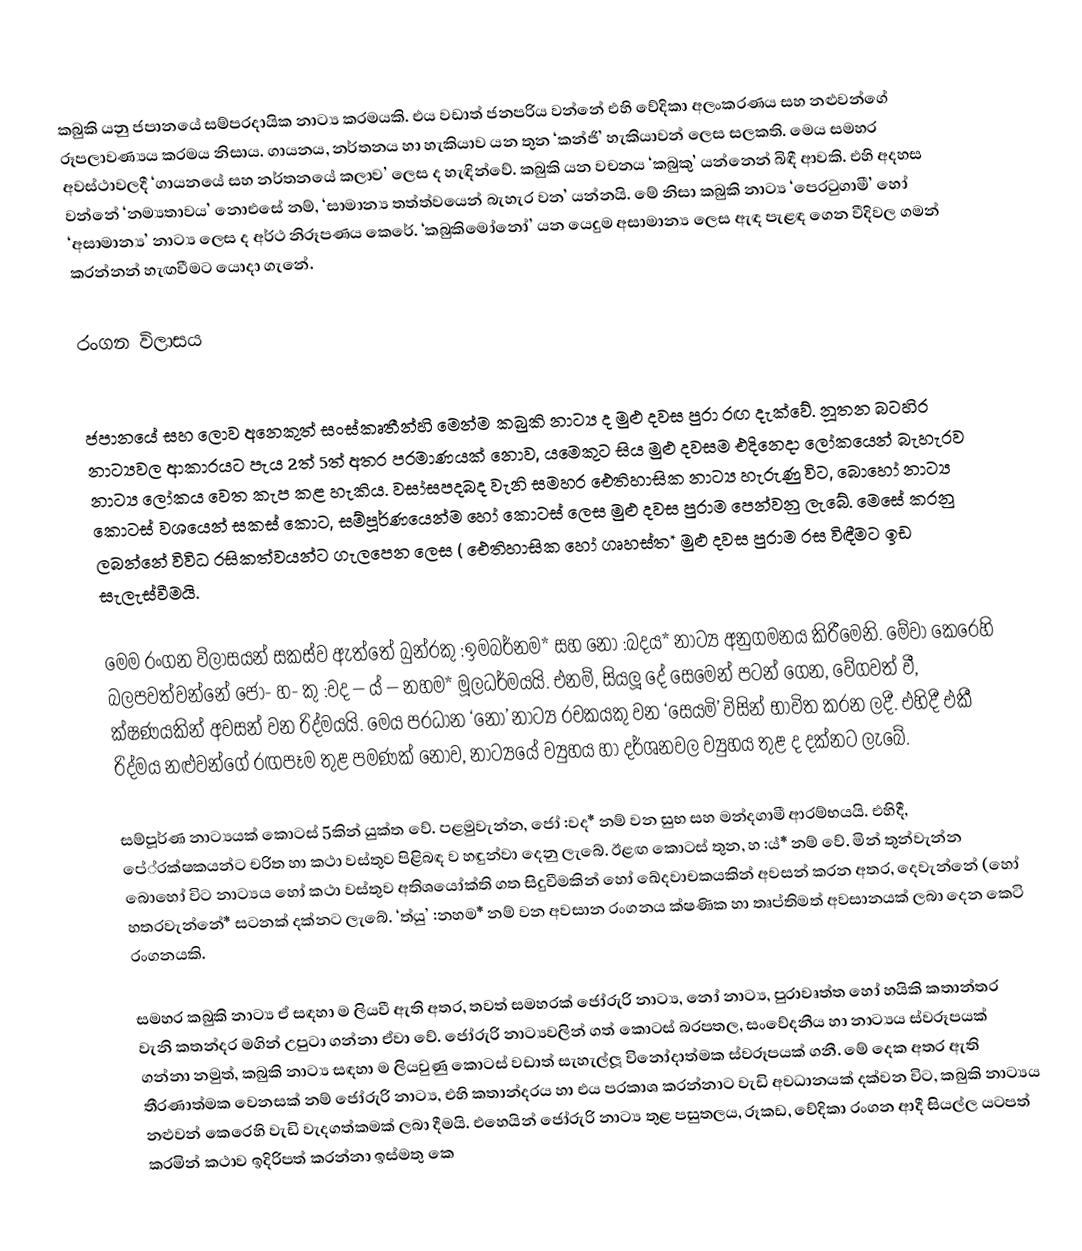
කබුකි යනු ජපානයේ සම්ප‍්‍රදායික නාට්‍ය ක‍්‍රමයකි. එය වඩාත් ජනප‍්‍රිය වන්නේ එහි වේදිකා අලංකරණය සහ නළුවන්ගේ රූපලාවණ්‍යය ක‍්‍රමය නිසාය. ගායනය, නර්තනය හා හැකියාව යන තුන ‘කන්ජි’ හැකියාවන් ලෙස සලකති. මෙය සමහර අවස්ථාවලදී ‘ගායනයේ සහ නර්තනයේ කලාව’ ලෙස ද  හැඳින්වේ. කබුකි යන වචනය ‘කබුකු’ යන්නෙන් බිඳී ආවකි. එහි අදහස වන්නේ ‘නම්‍යතාවය’ නොඑසේ නම්, ‘සාමාන්‍ය තත්ත්වයෙන් බැහැර වන’ යන්නයි. මේ නිසා කබුකි නාට්‍ය ‘පෙරටුගාමී’ හෝ ‘අසාමාන්‍ය’ නාට්‍ය ලෙස ද අර්ථ නිරූපණය කෙරේ. ‘කබුකිමෝනෝ’ යන යෙදුම අසාමාන්‍ය ලෙස ඇඳ පැළඳ ගෙන වීදිවල ගමන් කරන්නන් හැඟවීමට යොදා ගැනේ.

රංගන විලාසය

ජපානයේ සහ ලොව අනෙකුත් සංස්කෘතීන්හි මෙන්ම කබුකි නාට්‍ය ද මුළු දවස පුරා රඟ දැක්වේ. නූතන බටහිර නාට්‍යවල ආකාරයට පැය 2ත් 5ත් අතර ප‍්‍රමාණයක් නොව, යමෙකුට සිය මුළු දවසම එදිනෙදා ලෝකයෙන් බැහැරව නාට්‍ය ලෝකය වෙත කැප කළ හැකිය. වසා්සපදබද වැනි සමහර ඓතිහාසික නාට්‍ය හැරුණු විට, බොහෝ නාට්‍ය කොටස් වශයෙන් සකස් කොට, සම්පූර්ණයෙන්ම හෝ කොටස් ලෙස මුළු දවස පුරාම පෙන්වනු ලැබේ. මෙසේ කරනු ලබන්නේ විවිධ රසිකත්වයන්ට ගැලපෙන ලෙස ( ඓතිහාසික හෝ ගෘහස්ත* මුළු දවස පුරාම රස විඳීමට ඉඩ සැලැස්වීමයි.

මෙම රංගන විලාසයන් සකස්ව ඇත්තේ බුන්රකු :ඉමබර්නම* සහ නෝ :බදය* නාට්‍ය අනුගමනය කිරීමෙනි. මේවා කෙරෙහි බලපවත්වන්නේ ජෝ- හ- කු :වද – ය් – නහම* මූලධර්මයයි. එනම්, සියලූ දේ සෙමෙන් පටන් ගෙන, වේගවත් වී, ක්ෂණයකින් අවසන් වන රිද්මයයි. මෙය ප‍්‍රධාන ‘නෝ’ නාට්‍ය රචකයකු වන ‘සෙයමි’ විසින් භාවිත කරන ලදී. එහිදී එකී රිද්මය නළුවන්ගේ රඟපෑම තුළ පමණක් නොව, නාට්‍යයේ ව්‍යුහය හා දර්ශනවල ව්‍යුහය තුළ ද දක්නට ලැබේ.

සම්පූර්ණ නාට්‍යයක් කොටස් 5කින් යුක්ත වේ. පළමුවැන්න, ජෝ :වද* නම් වන සුභ සහ මන්දගාමී ආරම්භයයි. එහිදී, පේ‍්‍රක්ෂකයන්ට චරිත හා කථා වස්තුව පිළිබඳ ව හඳුන්වා දෙනු ලැබේ. ඊළඟ කොටස් තුන, හ  :ය්* නම් වේ. මින් තුන්වැන්න බොහෝ විට නාට්‍යය හෝ කථා වස්තුව අතිශයෝක්ති ගත සිදුවීමකින් හෝ ඛේදවාචකයකින් අවසන් කරන අතර, දෙවැන්නේ (හෝ හතරවැන්නේ* සටනක් දක්නට ලැබේ. ‘ත්යු’ :නහම* නම් වන අවසාන රංගනය ක්ෂණික හා තෘප්තිමත් අවසානයක් ලබා දෙන කෙටි රංගනයකි.

සමහර කබුකි නාට්‍ය ඒ සඳහා ම ලියවී ඇති අතර, තවත් සමහරක් ජෝරුරි නාට්‍ය, නෝ නාට්‍ය, පුරාවෘත්ත හෝ හයිකි කතාන්තර වැනි කතන්දර මගින් උපුටා ගන්නා ඒවා වේ. ජෝරුරි නාට්‍යවලින් ගත් කොටස් බරපතල, සංවේදනීය හා නාට්‍යය ස්වරූපයක් ගන්නා නමුත්, කබුකි නාට්‍ය සඳහා ම ලියවුණු කොටස් වඩාත් සැහැල්ලූ විනෝදාත්මක ස්වරූපයක් ගනී. මේ දෙක අතර ඇති තීරණාත්මක වෙනසක් නම් ජෝරුරි නාට්‍ය, එහි කතාන්දරය හා එය ප‍්‍රකාශ කරන්නාට වැඩි අවධානයක් දක්වන විට, කබුකි නාට්‍යය නළුවන් කෙරෙහි වැඩි වැදගත්කමක් ලබා දීමයි. එහෙයින් ජෝරුරි නාට්‍ය තුළ පසුතලය, රූකඩ, වේදිකා රංගන ආදී සියල්ල යටපත් කරමින් කථාව ඉදිරිපත් කරන්නා ඉස්මතු කෙ